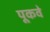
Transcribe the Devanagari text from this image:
पूकवे